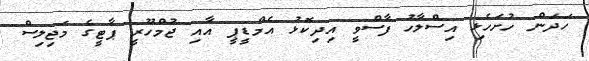
ހަދަން ހުށަހެޅި އިސްލާހު ފާސްވީ އިދިކޮޅު އެމްޑީޕީ އާއި ޖުމްހޫރީ ޕާޓީގެ މަޖިލިސް